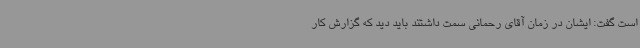
است گفت: ایشان در زمان آقای رحمانی سمت داشتند باید دید که گزارش کار